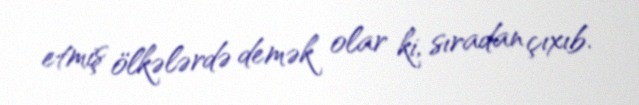
etmiş ölkələrdə demək olar ki, sıradan çıxıb.